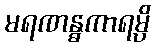
မရဏန္ဓကာရမ္ပိ